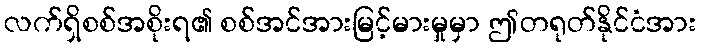
လက်ရှိစစ်အစိုးရ၏ စစ်အင်အားမြင့်မားမှုမှာ ဤတရုတ်နိုင်ငံအား